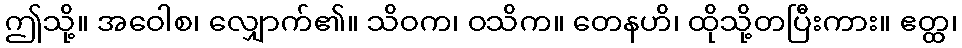
ဤသို့။ အဝေါစ၊ လျှောက်၏။ သိဝက၊ ဝသိက။ တေနဟိ၊ ထိုသို့တပြီးကား။ ဧတ္ထ၊